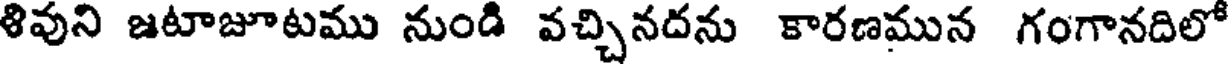
శివుని జటాజూటము నుండి వచ్చినదను కారణమున గంగానదిలో